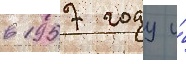
в 1957 году и́